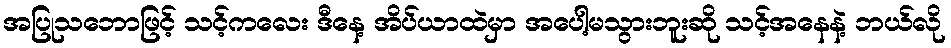
အပြုသဘောဖြင့် သင့်ကလေး ဒီနေ့ အိပ်ယာထဲမှာ အပေါ့မသွားဘူးဆို သင့်အနေနဲ့ ဘယ်လို